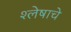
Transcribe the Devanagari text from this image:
श्लेषाचे